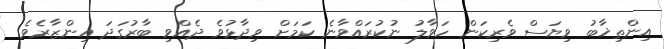
އިންތިޚާބު ވިޔަސް ވެރިކަން ހަވާލު ނުކުރައްވާނެ ކަމަށް ވިދާޅުވެ ދެއްވި ބާރުގަދަ އިންޒާރެވެ.